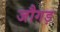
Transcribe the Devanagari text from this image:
जौगड़